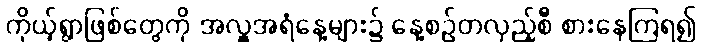
ကိုယ့်ရွာဖြစ်တွေကို အလှူအရံနေ့များ၌ နေ့စဉ်တလှည့်စီ စားနေကြရ၍